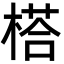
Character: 榙